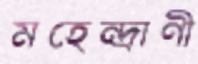
মহেন্দ্রাণী